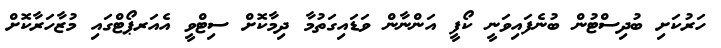
ހަރުކަށި ބުދިސްޓުން ބުނެފައިވަނީ ކޯފީ އަންނާން ވަޑައިގަތުމާ ދިމާކޮށް ސިޓްވީ އެއަރޕޯޓްގައި މުޒާހަރާކޮށް